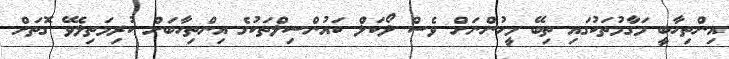
އިންތިހާބީ މަގާމުތަކުގައި ތިބޭ މީހުންނަށް ވެސް ލޯކަލް ކައުންސިލްތަކުގެ އިންތިހާބަށް ކުރިމަތިލެވޭ ގޮތަށް